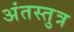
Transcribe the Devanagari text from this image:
अंतस्तुत्र